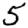
Digit: 5